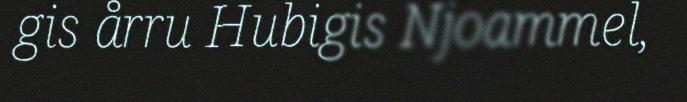
gis årru Hubigis Njoammel,